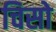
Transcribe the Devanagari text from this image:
चिसो